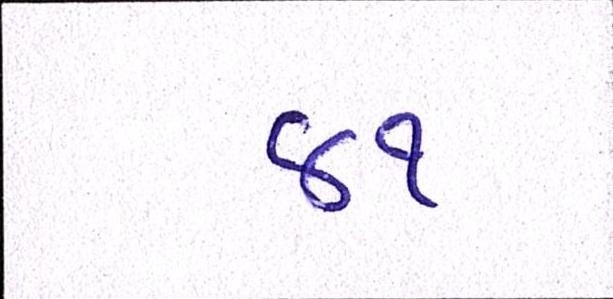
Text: ૪૧